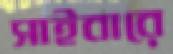
সাইবারে